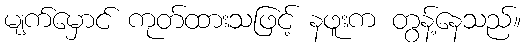
မျက်မှောင် ကုတ်ထားသဖြင့် နဖူးက တွန့်နေသည်။